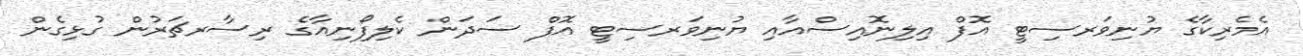
އެމެރިކާގެ ޔުނިވަރސިޓީ އޮފް އިލިނޮއިސްއާއި ޔުނިވަރސިޓީ އޮފް ސަދަން ކެލިފޯނިއާގެ ރިސާރޗަރުން ގުޅިގެން